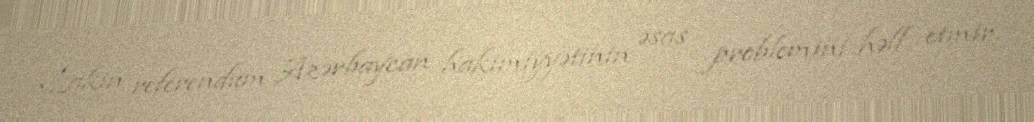
Lakin referendum Azərbaycan hakimiyyətinin əsas problemini həll etmir.